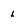
Character: l